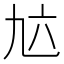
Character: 𱎂